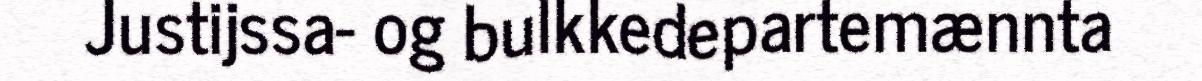
Justijssa- og bulkkedepartemænnta